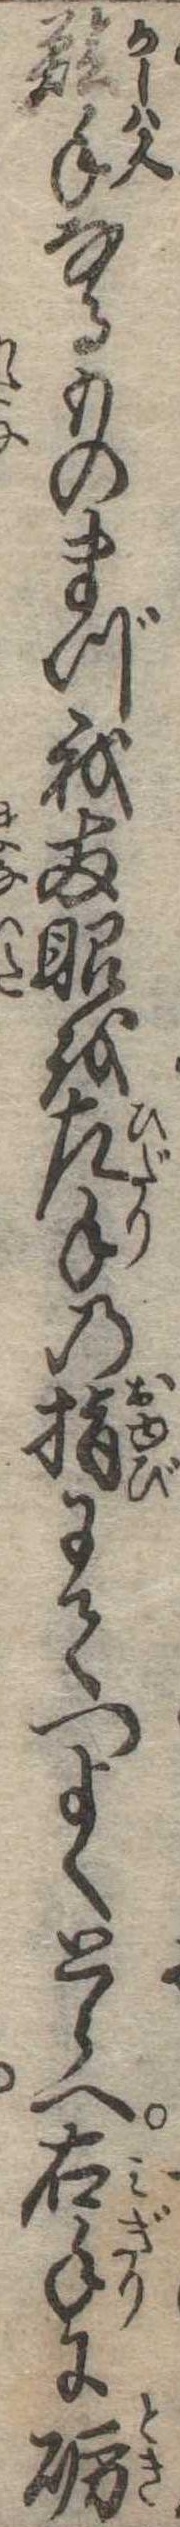
鱠手なるものまづ我両眼を左手の指にてつよくとらへ右手に砺